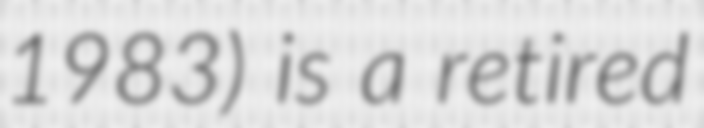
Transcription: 1983) is a retired